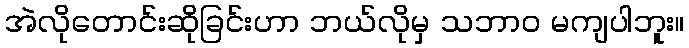
အဲလိုတောင်းဆိုခြင်းဟာ ဘယ်လိုမှ သဘာဝ မကျပါဘူး။